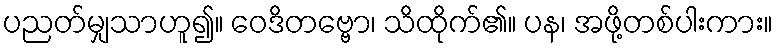
ပညတ်မျှသာဟူ၍။ ဝေဒိတဗ္ဗော၊ သိထိုက်၏။ ပန၊ အဖို့တစ်ပါးကား။